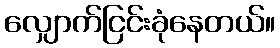
လျှောက်ငြင်းခုံနေတယ်။